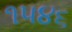
૧૫૪૬